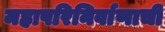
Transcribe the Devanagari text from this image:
महापरिनिर्वाणाची